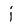
Character: j